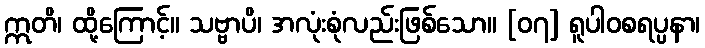
ဣတိ၊ ထို့ကြောင့်။ သဗ္ဗာပိ၊ အလုံးစုံလည်းဖြစ်သော။ [၀၇] ရူပါဝစရပ္ပနာ၊